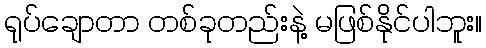
ရုပ်ချောတာ တစ်ခုတည်းနဲ့ မဖြစ်နိုင်ပါဘူး။